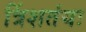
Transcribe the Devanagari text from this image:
त्रिंशतंयः